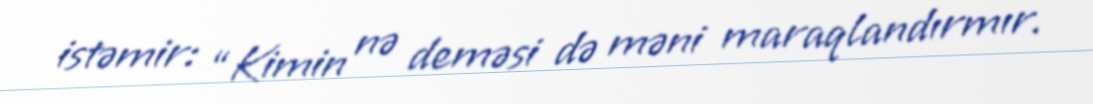
istəmir: “Kimin nə deməsi də məni maraqlandırmır.